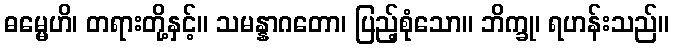
ဓမ္မေဟိ၊ တရားတို့နှင့်။ သမန္နာဂတော၊ ပြည့်စုံသော။ ဘိက္ခု၊ ရဟန်းသည်။